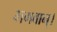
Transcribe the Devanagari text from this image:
भगवान्‌।